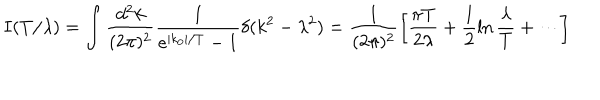
I ( T / \lambda ) = \int \frac { d ^ { 2 } k } { ( 2 \pi ) ^ { 2 } } \frac { 1 } { e ^ { | k _ { 0 } | / T } - 1 } \delta ( k ^ { 2 } - \lambda ^ { 2 } ) = \frac { 1 } { ( 2 \pi ) ^ { 2 } } \left[ \frac { \pi T } { 2 \lambda } + \frac { 1 } { 2 } \ln \frac { \lambda } { T } + \cdots \right]